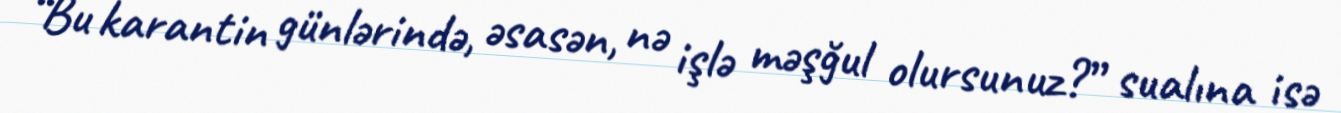
“Bu karantin günlərində, əsasən, nə işlə məşğul olursunuz?” sualına isə